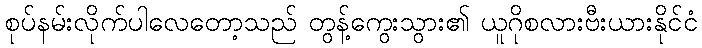
စုပ်နမ်းလိုက်ပါလေတော့သည် တွန့်ကွေးသွား၏ ယူဂိုစလားဗီးယားနိုင်ငံ